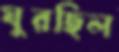
ঘুরছিল